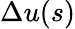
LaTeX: \Delta u(s)